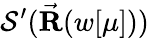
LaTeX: \mathcal{S}^{\prime}(\vec{\mathbf R}(w[\mu]))